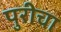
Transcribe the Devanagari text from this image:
पुरीचा